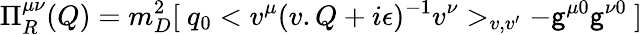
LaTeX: \Pi_{R}^{\mu\nu}(Q)=m_{D}^{2}[\ q_{0}<v^{\mu}(v.Q+i\epsilon)^{-1}v^{\nu}>_{v,v^{\prime}}-\mathsf{g}^{\mu0}\mathsf{g}^{\nu0}\ ]